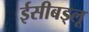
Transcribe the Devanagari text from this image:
ईसीबड्लू